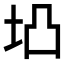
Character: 𱖖